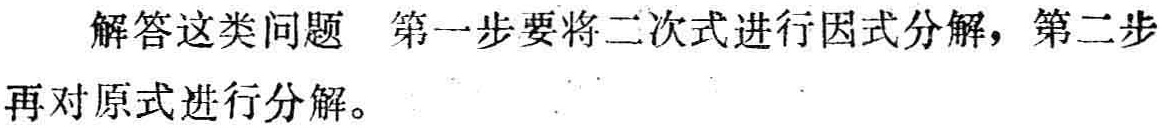
解答这类问题 第一步要将二次式进行因式分解，第二步再对原式进行分解。